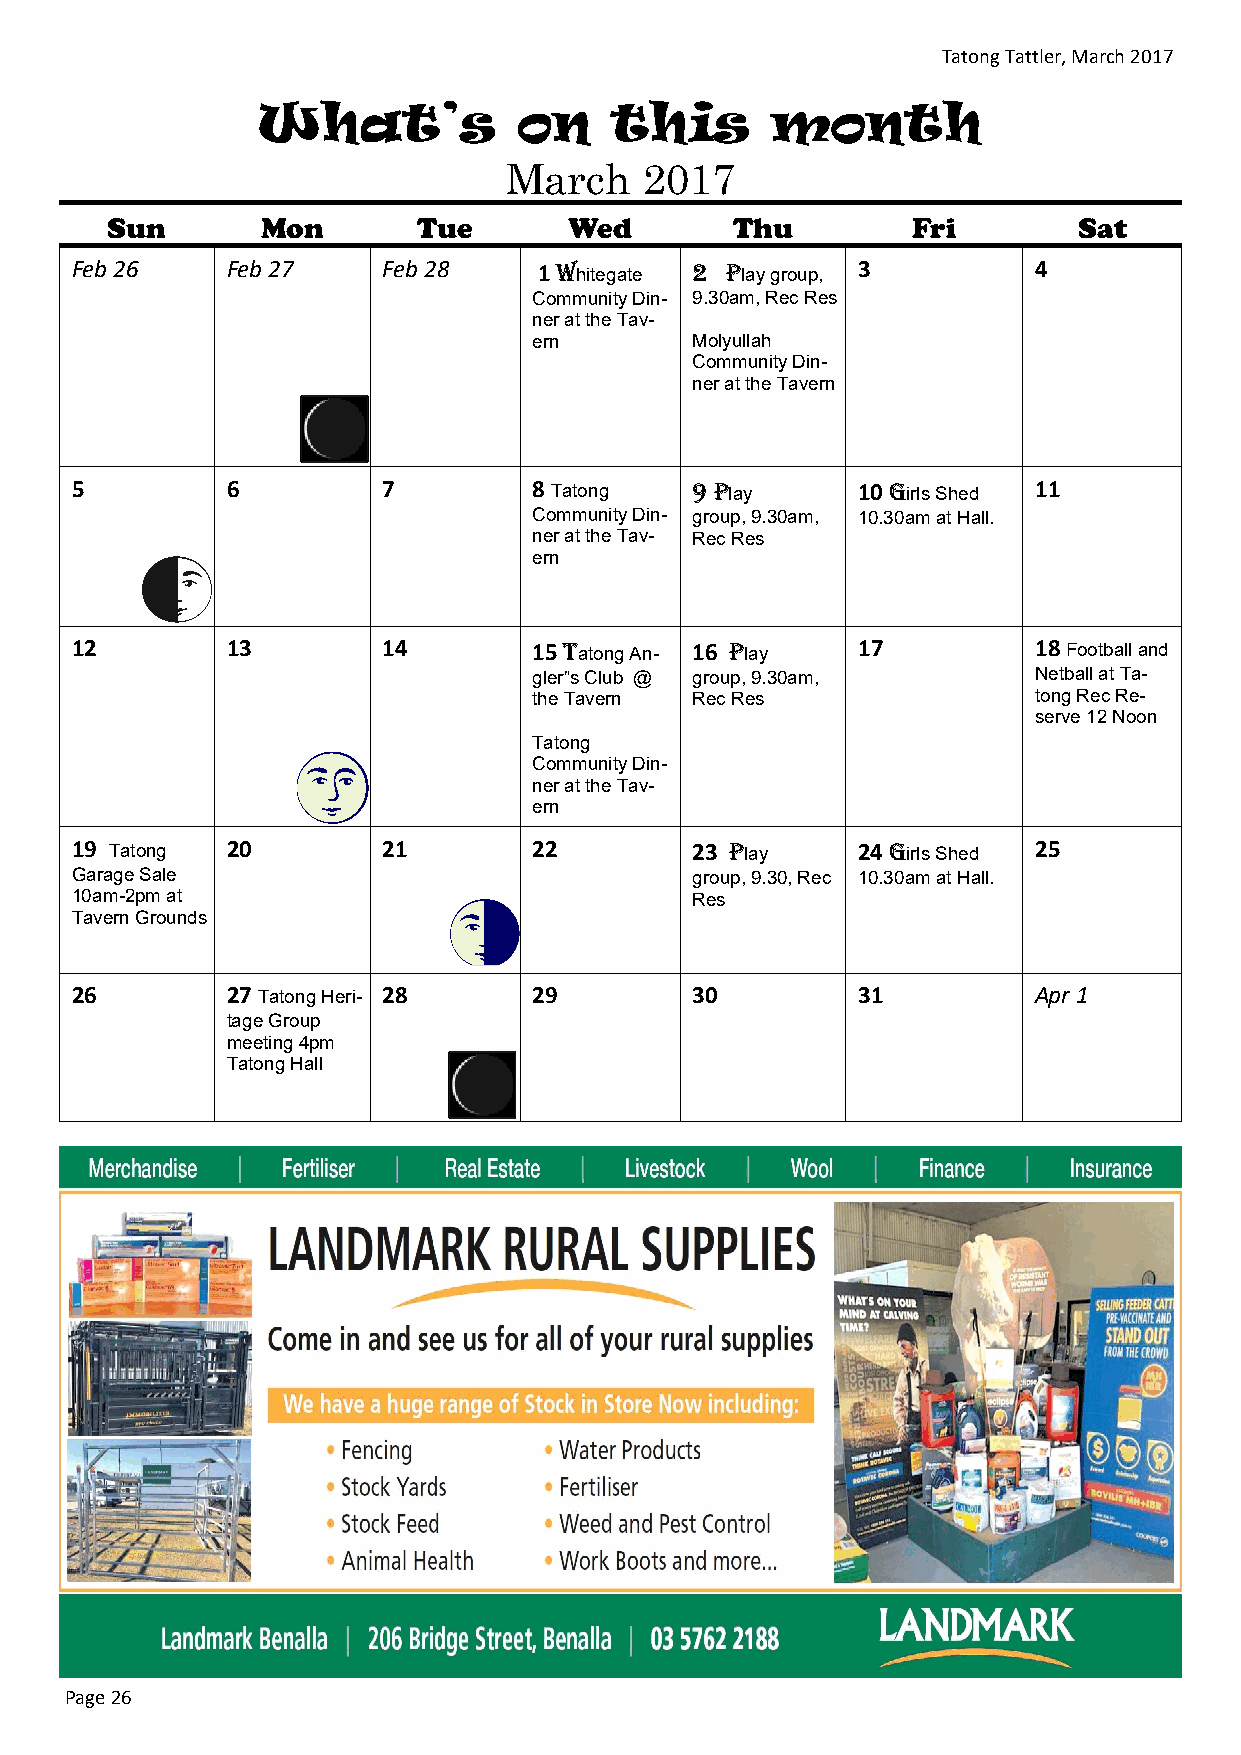
Tatong Tattler, March 2017
 What’s           on    this       month
 March     2017
 Sun       Mon        Tue       Wed       Thu         Fri        Sat
 Feb 26    Feb 27    Feb 28     1 Whitegate 2 Play group, 3     4
 Community Din- 9.30am, Rec Res
 ner at the Tav-
 ern        Molyullah
 Community Din-
 ner at the Tavern
 5         6         7         8 Tatong   9 Play     10 Girls Shed 11
 Community Din- group, 9.30am, 10.30am at Hall.
 ner at the Tav- Rec Res
 ern
 12        13        14        15 Tatong An- 16 Play 17         18 Football and
 gler”s Club @ group, 9.30am,     Netball at Ta-
 the Tavern Rec Res               tong Rec Re-
 serve 12 Noon
 Tatong
 Community Din-
 ner at the Tav-
 ern
 19 Tatong 20        21        22         23 Play    24 Girls Shed 25
 Garage Sale                              group, 9.30, Rec 10.30am at Hall.
 10am-2pm at                              Res
 Tavern Grounds
 26        27 Tatong Heri- 28  29         30         31         Apr 1
 tage Group
 meeting 4pm
 Tatong Hall
 Page 26